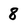
Character: 8